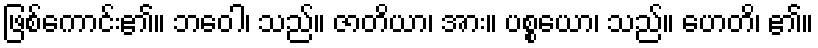
ဖြစ်ကောင်း၏။ ဘဝေါ၊ သည်။ ဇာတိယာ၊ အား။ ပစ္စယော၊ သည်။ ဟေတိ၊ ၏။